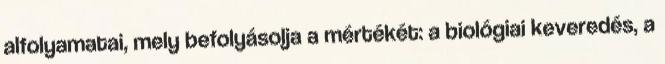
alfolyamatai, mely befolyásolja a mértékét: a biológiai keveredés, a